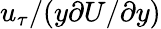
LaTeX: u_{\tau}/(y\partial U/\partial y)